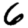
Digit: 6